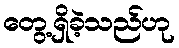
တွေ့ရှိခဲ့သည်ဟု